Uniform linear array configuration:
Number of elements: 8
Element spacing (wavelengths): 0.75
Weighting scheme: hamming
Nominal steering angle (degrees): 60
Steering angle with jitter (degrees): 59.909
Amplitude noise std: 0.05
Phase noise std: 0.05

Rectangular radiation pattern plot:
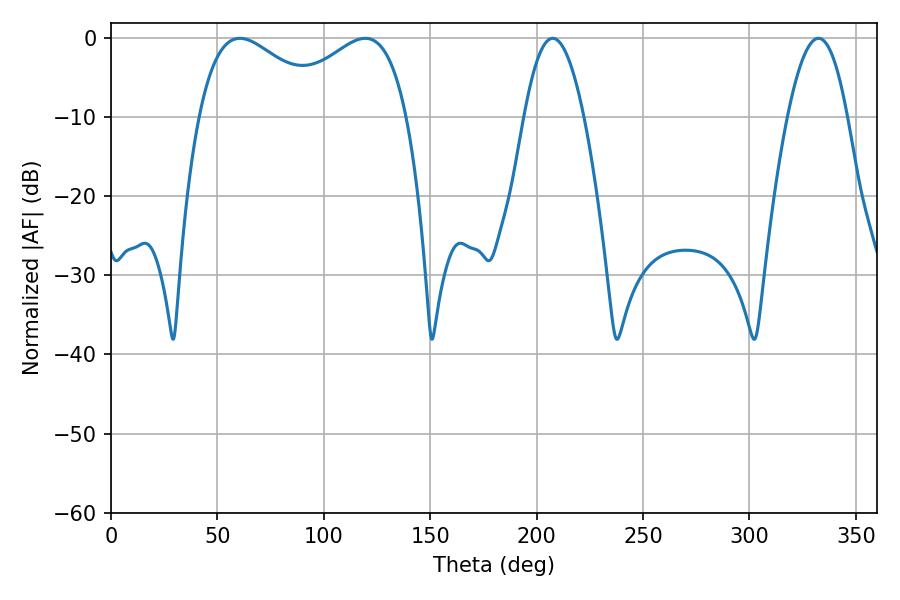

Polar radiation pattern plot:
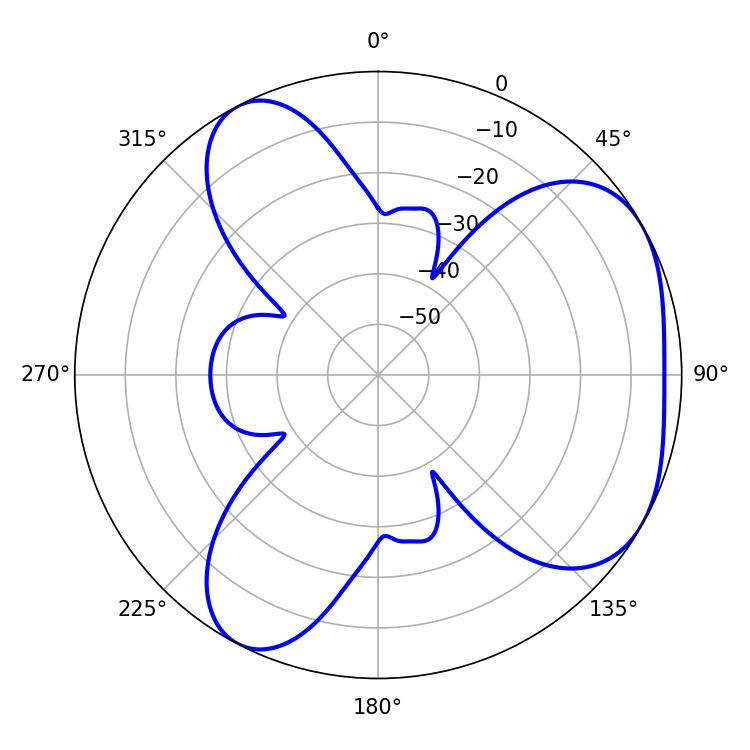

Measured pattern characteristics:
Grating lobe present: TRUE
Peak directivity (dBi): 4.382
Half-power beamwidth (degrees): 15.48
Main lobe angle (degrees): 332.46